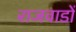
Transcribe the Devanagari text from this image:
राजवाडों